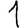
Digit: 1